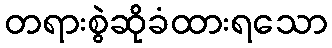
တရားစွဲဆိုခံထားရသော